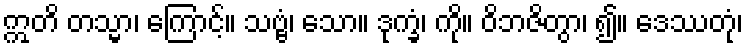
ဣတိ တသ္မာ၊ ကြောင့်။ သဗ္ဗံ၊ သော။ ဒုက္ခံ၊ ကို။ ဝိဘဇိတွာ၊ ၍။ ဒေဿတုံ၊